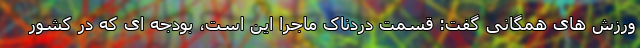
ورزش های همگانی گفت: قسمت دردناک ماجرا این است، بودجه ای که در کشور